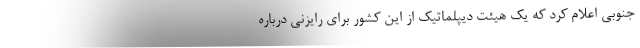
جنوبی اعلام کرد که یک هیئت دیپلماتیک از این کشور برای رایزنی درباره